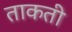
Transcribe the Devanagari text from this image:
ताकती